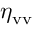
\eta _ { \mathrm { v v } }